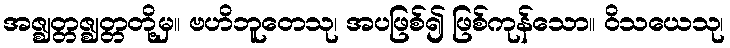
အဇ္ဈတ္တဇ္ဈတ္တတို့မှ။ ဗဟိဘူတေသု၊ အပဖြစ်၍ ဖြစ်ကုန်သော။ ဝိသယေသု၊